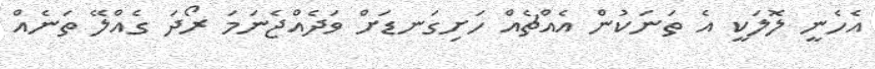
އެހެނީ ލޮލަކީ އެ ތަނަކުން އެއްޗެއް ހަށިގަނޑަށް ވަދެއްޖެނަމަ ރޯދަ ގެއްލޭ ތަނެއް